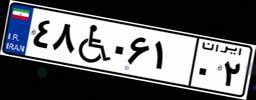
۹۵W۶۹۱۲۶